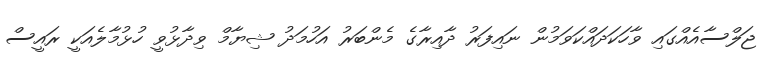
ޖަލްސާއެއްގައި ވާހަކަދައްކަވަމުން ނައިފަރު ދާއިރާގެ މެންބަރު އަހުމަދު ޝިޔާމް ވިދާޅުވީ ހުޅުމާލެއަކީ ރައީސް